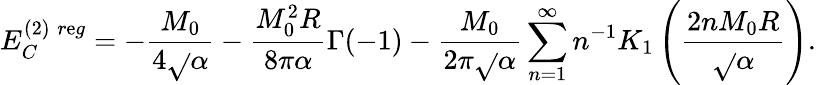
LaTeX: E_{C}^{(2)\; r\mathrm{e}g}=-\frac{{M_{0}}}{{4\sqrt{}{{\alpha}}}}-\frac{{M_{0}^{2}R}}{{8\pi\alpha}}\Gamma(-1)-\frac{{M_{0}}}{{2\pi\sqrt{}{{\alpha}}}}\sum_{n=1}^{\infty}n^{-1}K_{1}\left(\frac{{2nM_{0}R}}{{\sqrt{}{{\alpha}}}}\right).